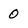
Character: 0